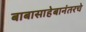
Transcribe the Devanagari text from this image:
बाबासाहेबानंतरचे